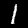
Digit: 1